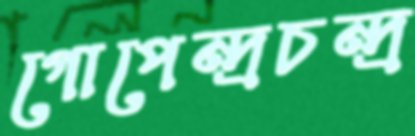
গোপেন্দ্রচন্দ্র